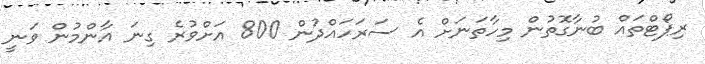
ރިޕޯޓްތައް ބުނާގޮތުން މިހާތަނަށް އެ ސަރަހައްދުން 800 އަށްވުރެ ގިނަ އާންމުން ވަނީ